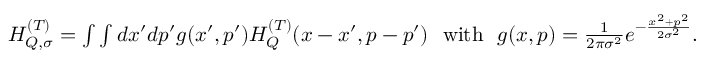
\begin{array} { r } { H _ { Q , \sigma } ^ { ( T ) } = \int \int d x ^ { \prime } d p ^ { \prime } g ( x ^ { \prime } , p ^ { \prime } ) H _ { Q } ^ { ( T ) } ( x - x ^ { \prime } , p - p ^ { \prime } ) \ \ \mathrm { w i t h } \ \ g ( x , p ) = \frac { 1 } { 2 \pi \sigma ^ { 2 } } e ^ { - \frac { x ^ { 2 } + p ^ { 2 } } { 2 \sigma ^ { 2 } } } . } \end{array}